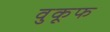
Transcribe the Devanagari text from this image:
वुकूफ